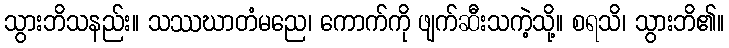
သွားဘိသနည်း။ သဿဃာတံမညေ၊ ကောက်ကို ဖျက်ဆီးသကဲ့သို့။ စရသိ၊ သွားဘိ၏။